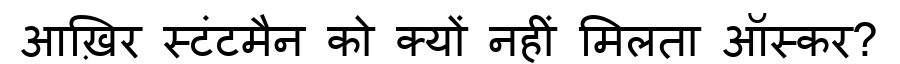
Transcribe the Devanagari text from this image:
आख़िर स्टंटमैन को क्यों नहीं मिलता ऑस्कर?